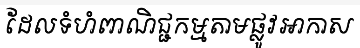
ដែលទំហំពាណិជ្ជកម្មតាមផ្លូវអាកាស